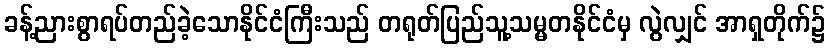
ခန့်ညားစွာရပ်တည်ခဲ့သောနိုင်ငံကြီးသည် တရုတ်ပြည်သူ့သမ္မတနိုင်ငံမှ လွဲလျှင် အာရှတိုက်၌